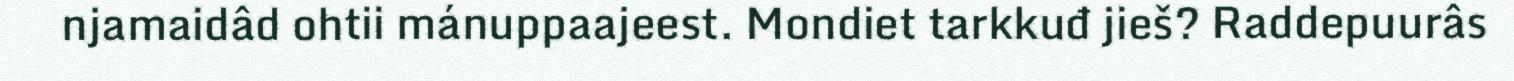
njamaidâd ohtii mánuppaajeest. Mondiet tarkkuđ jieš? Raddepuurâs